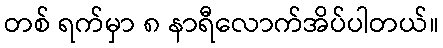
တစ် ရက်မှာ ၈ နာရီလောက်အိပ်ပါတယ်။